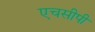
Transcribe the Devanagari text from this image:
एचसीपी